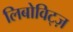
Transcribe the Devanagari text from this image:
लिबोविट्ज़